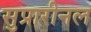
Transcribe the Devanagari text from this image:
सुप्रारीनल